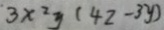
3 x ^ { 2 } y ( 4 2 - 3 y )